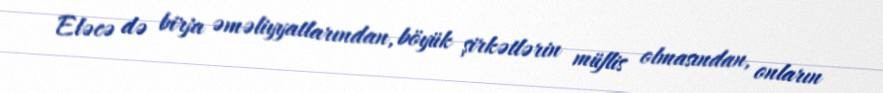
Eləcə də birja əməliyyatlarından, böyük şirkətlərin müflis olmasından, onların